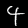
Digit: 4